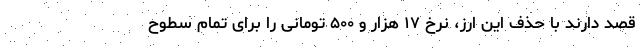
قصد دارند با حذف این ارز، نرخ ۱۷ هزار و ۵۰۰ تومانی را برای تمام سطوح